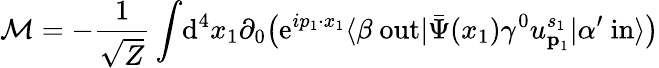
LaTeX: {\mathcal{M}}=-{\frac{1}{\sqrt{Z}}}\int\! \mathrm{d}^{4}x_{1}\partial_{0}{\big(}\mathrm{e}^{ip_{1}\cdot x_{1}}\langle\beta\ \mathrm{out}|{\bar{\Psi}}(x_{1})\gamma^{0}u_{{\textbf{p}}_{1}}^{s_{1}}|\alpha^{\prime}\ \mathrm{in}\rangle{\big)}